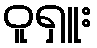
ဝူရှူး